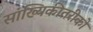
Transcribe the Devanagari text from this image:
सांख्यिकीतरीको